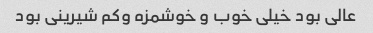
عالی بود خیلی خوب و خوشمزه وکم شیرینی بود